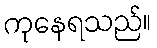
ကုနေရသည်။